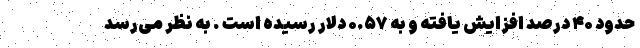
حدود ۴۰ درصد افزایش یافته و به ۰.۵۷ دلار رسیده است . به نظر می‌رسد